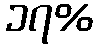
၁၇%